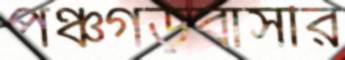
পঞ্চগড়বাসীর